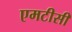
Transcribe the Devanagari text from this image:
एमटीसी